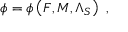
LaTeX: { \cal \phi } = { \cal \phi } \left( { \cal F } , { \cal M } , { \Lambda _ { S } } \right) \ ,